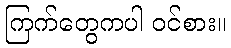
ကြက်တွေကပါ ဝင်စား။